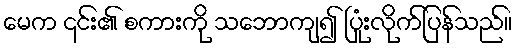
မေက ၎င်း၏ စကားကို သဘောကျ၍ ပြုံးလိုက်ပြန်သည်။